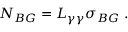
N _ { B G } = L _ { \gamma \gamma } \sigma _ { B G } \; .